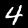
Digit: 4